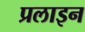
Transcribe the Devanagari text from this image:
प्रलाइन